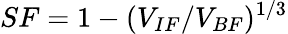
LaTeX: SF=1-(V_{IF}/V_{BF})^{1/3}